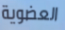
العضوية